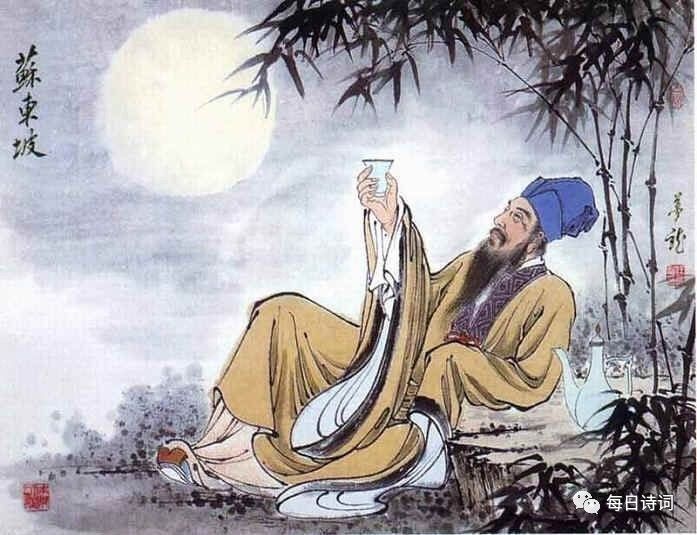
中秋谁与共孤光。把盏凄然北望。